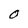
Character: 0